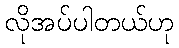
လိုအပ်ပါတယ်ဟု